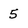
Character: 5